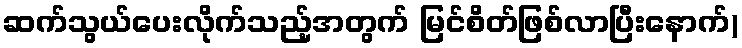
ဆက်သွယ်ပေးလိုက်သည့်အတွက် မြင်စိတ်ဖြစ်လာပြီးနောက်)